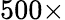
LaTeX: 500\times